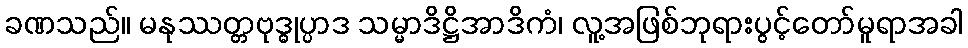
ခဏသည်။ မနုဿတ္တဗုဒ္ဓုပ္ပာဒ သမ္မာဒိဋ္ဌိအာဒိကံ၊ လူ့အဖြစ်ဘုရားပွင့်တော်မူရာအခါ